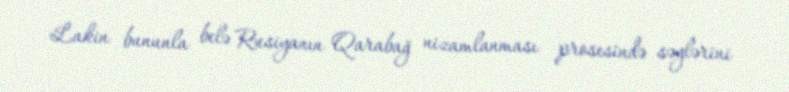
Lakin bununla belə Rusiyanın Qarabağ nizamlanması prosesində səylərini